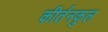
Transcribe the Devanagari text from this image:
कीर्तनकुल